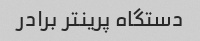
دستگاه پرینتر برادر